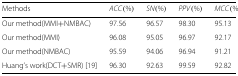
<table><thead><tr><td><b>Methods</b></td><td><b><i>ACC</i>(%)</b></td><td><b><i>SN</i>(%)</b></td><td><b><i>PPV</i>(%)</b></td><td><b><i>MCC</i>(%)</b></td></tr></thead><tbody><tr><td>Our method(MMI + NMBAC)</td><td>97.56</td><td>96.57</td><td>98.30</td><td>95.13</td></tr><tr><td>Our method(MMI)</td><td>96.08</td><td>95.05</td><td>96.97</td><td>92.17</td></tr><tr><td>Our method(NMBAC)</td><td>95.59</td><td>94.06</td><td>96.94</td><td>91.21</td></tr><tr><td>Huang’s work(DCT + SMR) [19]</td><td>96.30</td><td>92.63</td><td>99.59</td><td>92.82</td></tr></tbody></table>